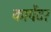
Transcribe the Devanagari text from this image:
कार्पेटर